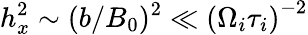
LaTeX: h_{x}^{2}\sim(b/B_{0})^{2}\ll\left(\Omega_{i}\tau_{i}\right)^{-2}